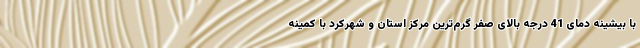
با بیشینه دمای 41 درجه بالای صفر گرم‌ترین مرکز استان و شهرکرد با کمینه